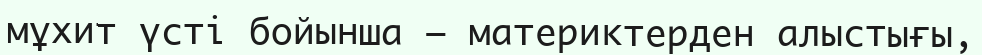
мұхит үсті бойынша — материктерден алыстығы,